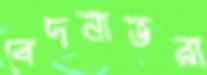
বেদনাভরা